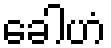
ခေါဟံ